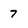
Character: 7